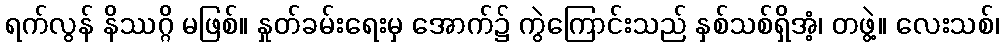
ရက်လွန် နိဿဂ္ဂိ မဖြစ်။ နှုတ်ခမ်းရေးမှ အောက်၌ ကွဲကြောင်းသည် နှစ်သစ်ရှိအံ့၊ တဖွဲ့။ လေးသစ်၊